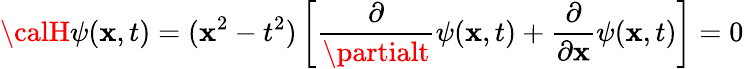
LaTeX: {\calH}\psi(\mathbf{x},t)=(\mathbf{x}^{2}-t^{2})\left[\frac{{\partial}}{{\partialt}}\psi(\mathbf{x},t)+\frac{{\partial}}{{\partial\mathbf{x}}}\psi(\mathbf{x},t)\right]=0